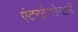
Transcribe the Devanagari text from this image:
एंटरटेन्मेन्टने